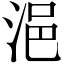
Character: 浥